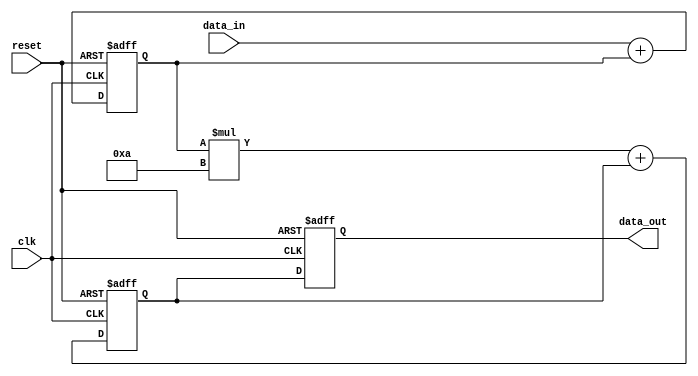
module IIR_filter_accumulator (
  input wire clk,
  input wire reset,
  input wire signed [15:0] data_in,
  output reg signed [15:0] data_out
);

reg signed [15:0] stage1_out;
reg signed [15:0] stage2_out;

always @(posedge clk or posedge reset) begin
  if (reset) begin
    stage1_out <= 16'h0;
    stage2_out <= 16'h0;
    data_out <= 16'h0;
  end else begin
    // Stage 1 filter implementation
    stage1_out <= data_in + stage1_out;

    // Stage 2 filter implementation
    stage2_out <= (stage1_out * 16'sh0A) + stage2_out; // Assuming filter coefficient of 0.1

    // Accumulate filtered outputs
    data_out <= stage2_out;
  end
end

endmodule